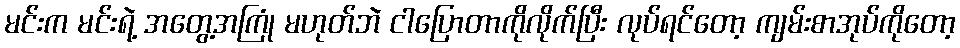
မင်းက မင်းရဲ့ အတွေ့အကြုံ မဟုတ်ဘဲ ငါပြောတာကိုလိုက်ပြီး လုပ်ရင်တော့ ကျမ်းစာအုပ်ကိုတော့